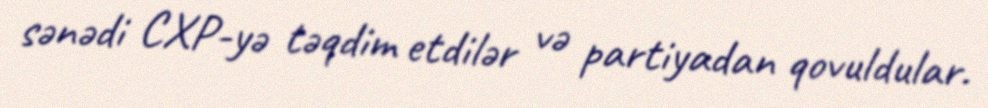
sənədi CXP-yə təqdim etdilər və partiyadan qovuldular.